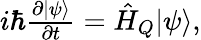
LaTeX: \begin{array}{r}{i\hbar\frac{\partial|\psi\rangle}{\partial t}={\hat{H}}_{Q}|\psi\rangle,}\end{array}